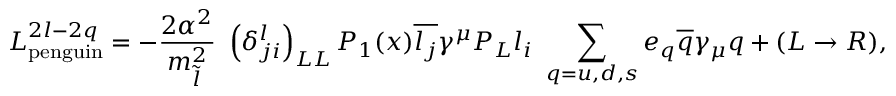
{ \cal L } _ { \mathrm { p e n g u i n } } ^ { 2 l - 2 q } = - { \frac { 2 \alpha ^ { 2 } } { m _ { \tilde { l } } ^ { 2 } } } ~ \left( \delta _ { j i } ^ { l } \right) _ { L L } P _ { 1 } ( x ) \overline { { { l _ { j } } } } \gamma ^ { \mu } P _ { L } l _ { i } ~ \sum _ { q = u , d , s } e _ { q } \overline { { { q } } } \gamma _ { \mu } q + ( L \rightarrow R ) ,